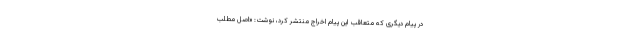
در پیام دیگری که متعاقب این پیام اخراج منتشر کرد، نوشت: «اصل مطلب